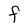
Character: F